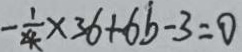
- \frac { 1 } { 4 } \times 3 6 + 6 b - 3 = 0